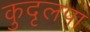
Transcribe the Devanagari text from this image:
कुदृलपा